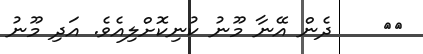
٢٢    ދެން އޭނާ މޫނު ކުނިކޮށްލިއެވެ. އަދި މޫނު